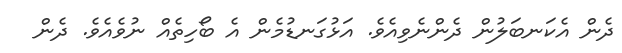
ދެން އެކަނބަލުން ދެންނެވިއެވެ. އަޅުގަނޑުމެން އެ ބޯހިތެއް ނުވެއެވެ. ދެން